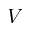
V